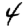
Digit: 4